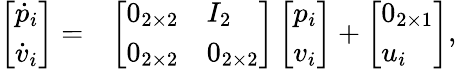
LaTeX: \begin{array}{rl}{\left[\begin{array}{l}{\dot{p}_{i}}\\ {\dot{v}_{i}}\end{array}\right]=}&{\left[\begin{array}{ll}{0_{2\times 2}}&{I_{2}}\\ {0_{2\times 2}}&{0_{2\times 2}}\end{array}\right]\left[\begin{array}{l}{{p}_{i}}\\ {{v}_{i}}\end{array}\right]+\left[\begin{array}{l}{0_{2\times 1}}\\ {u_{i}}\end{array}\right],}\end{array}